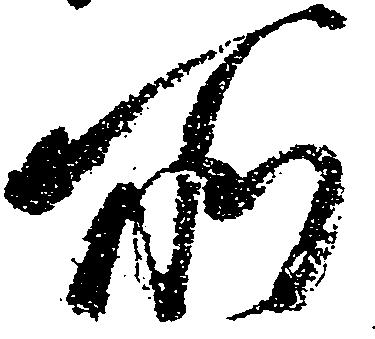
所